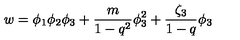
w = \phi _ { 1 } \phi _ { 2 } \phi _ { 3 } + \frac { m } { 1 - q ^ { 2 } } \phi _ { 3 } ^ { 2 } + \frac { \zeta _ { 3 } } { 1 - q } \phi _ { 3 }